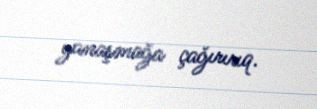
yanaşmağa çağırırıq.